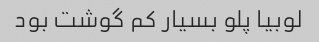
لوبیا پلو بسیار کم گوشت بود